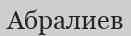
Абралиев